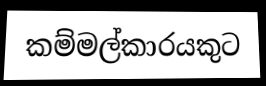
කම්මල්කාරයකුට